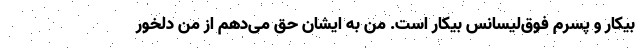
بیکار و پسرم فوق‌لیسانس بیکار است. من به ایشان حق می‌دهم از من دلخور